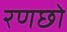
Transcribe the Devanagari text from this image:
रणछो